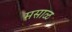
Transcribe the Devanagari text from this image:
मसाळ